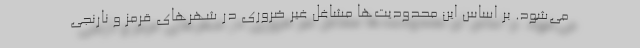
می‌شود. بر اساس این محدودیت‌ها مشاغل غیر ضروری در شهرهای قرمز و نارنجی